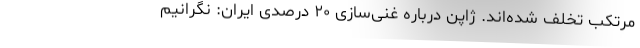
مرتکب تخلف شده‌اند. ژاپن درباره غنی‌سازی ۲۰ درصدی ایران: نگرانیم